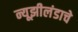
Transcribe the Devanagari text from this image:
न्यूझीलंडाचे